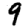
Digit: 9